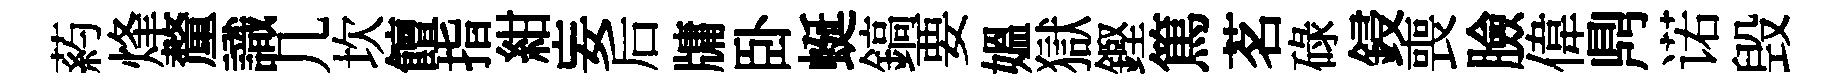
葯烽釐識几坎饘指紺妄后牗卧蜒鎬要媪獄鏗篤茗碌鋟喪臉偉𪔂诺毁